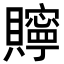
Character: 𮚫